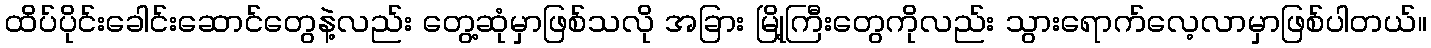
ထိပ်ပိုင်းခေါင်းဆောင်တွေနဲ့လည်း တွေ့ဆုံမှာဖြစ်သလို အခြား မြို့ကြီးတွေကိုလည်း သွားရောက်လေ့လာမှာဖြစ်ပါတယ်။